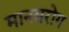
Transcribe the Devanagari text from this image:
मानसरोग